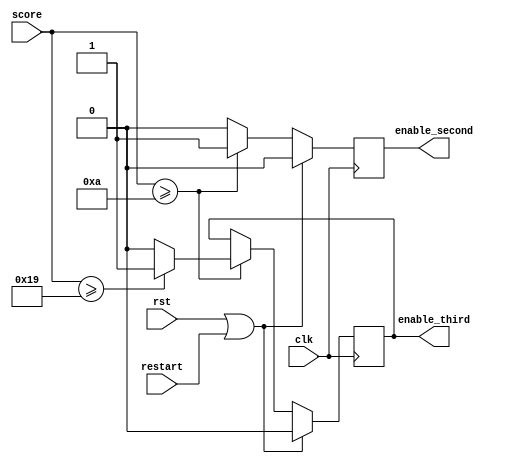
module bag_enable(
    input wire clk,
    input wire rst,
    input wire [7:0] score,
    input wire restart,
    
    output reg enable_second,
    output reg enable_third
    );
    
    reg enable_second_nxt, enable_third_nxt;
    
    always @(posedge clk) begin
        if(rst || restart) begin
            enable_second   <= 0;
            enable_third    <= 0;
        end
        else begin
            enable_second   <= enable_second_nxt;
            enable_third    <= enable_third_nxt;
        end
    end
    
    always @* begin
        enable_second_nxt = enable_second;
        enable_third_nxt = enable_third;
        if(score >= 10) begin
            enable_second_nxt = 1;
            if(score >= 25) 
                enable_third_nxt = 1;
            else enable_third_nxt = 0;
        end
        else enable_second_nxt = 0;
     end
            
endmodule